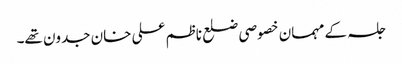
جلسہ کے مہمان خصوصی ضلع ناظم علی خان جدون تھے۔